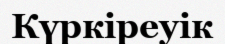
Күркіреуік